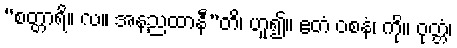
“စတ္တာရိ။ လ။ အနညထာနီ”တိ၊ ဟူ၍။ ဧတံ ဝစနံ၊ ကို။ ဝုတ္တံ၊